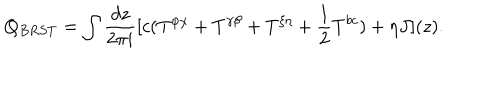
LaTeX: Q _ { B R S T } = \int \frac { d z } { 2 \pi i } [ c ( T ^ { \varphi \chi } + T ^ { \gamma \beta } + T ^ { \xi \eta } + \frac { 1 } { 2 } T ^ { b c } ) + \eta J ] ( z ) .